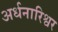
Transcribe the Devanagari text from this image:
अर्धनारिश्वर